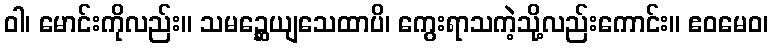
ဝါ၊ မောင်းကိုလည်း။ သမဉ္ဆေယျသေထာပိ၊ ကွေးရာသကဲ့သို့လည်းကောင်း။ ဧဝမေဝ၊